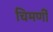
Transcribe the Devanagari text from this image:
चिमणीं